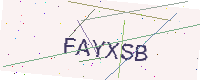
Text: FAYXSB